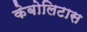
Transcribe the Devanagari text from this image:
केबोलिटास